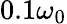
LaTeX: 0.1\omega_{0}